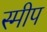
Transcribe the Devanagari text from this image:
स्मीप